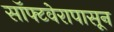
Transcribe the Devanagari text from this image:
सॉफ्टवेरापासून